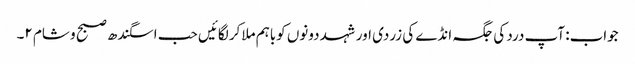
جواب: آپ درد کی جگہ انڈے کی زردی اور شہد دونوں کوباہم ملاکر لگائیں حب اسگندھ صبح و شام ۲۔